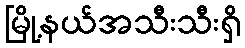
မြို့နယ်အသီးသီးရှိ